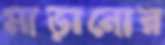
মাড়ানোর